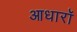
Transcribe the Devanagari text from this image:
आधारॉ